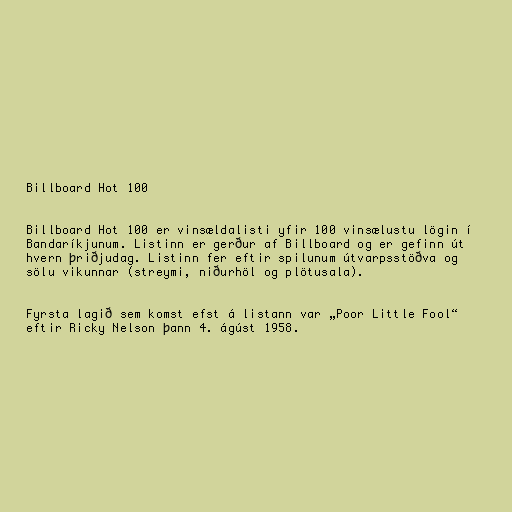
Billboard Hot 100

Billboard Hot 100 er vinsældalisti yfir 100 vinsælustu lögin í
Bandaríkjunum. Listinn er gerður af Billboard og er gefinn út
hvern þriðjudag. Listinn fer eftir spilunum útvarpsstöðva og
sölu vikunnar (streymi, niðurhöl og plötusala).

Fyrsta lagið sem komst efst á listann var „Poor Little Fool“
eftir Ricky Nelson þann 4. ágúst 1958.